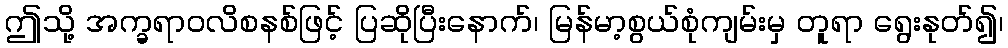
ဤသို့ အက္ခရာဝလိစနစ်ဖြင့် ပြဆိုပြီးနောက်၊ မြန်မာ့စွယ်စုံကျမ်းမှ တူရာ ရွေးနုတ်၍၊